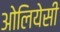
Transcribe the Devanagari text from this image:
ओलियेसी